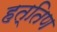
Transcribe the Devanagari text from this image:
हत्तिण